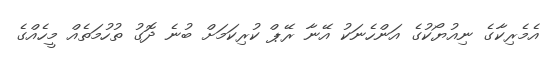
އެމެރިކާގެ ނިއުޔޯކުގެ އަންހެނަކު އޭނާ ރޭޕް ކުރިކަމަށް ބުނެ ދޮގު ތުހުމަތެއް މީހެއްގެ